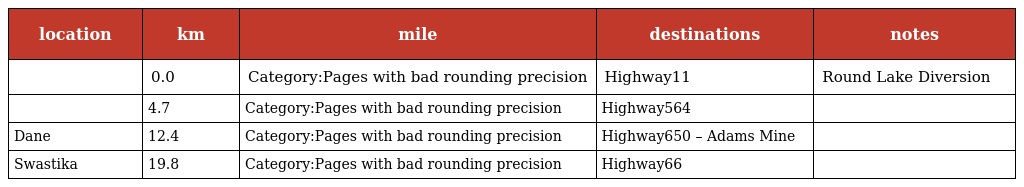
| location | km | mile | destinations | notes |
 | --- | --- | --- | --- | --- |
 |  | 0.0 | Category:Pages with bad rounding precision | Highway11 | Round Lake Diversion |
 |  | 4.7 | Category:Pages with bad rounding precision | Highway564 |  |
 | Dane | 12.4 | Category:Pages with bad rounding precision | Highway650 – Adams Mine |  |
 | Swastika | 19.8 | Category:Pages with bad rounding precision | Highway66 |  |